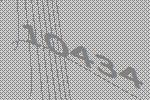
10434